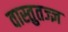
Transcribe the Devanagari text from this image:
वास्तुतज्ज्ञ